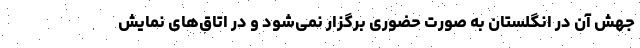
جهش آن در انگلستان به صورت حضوری برگزار نمی‌شود و در اتاق‌های نمایش